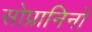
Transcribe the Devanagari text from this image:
सोप्रानिनो